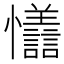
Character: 𪭇